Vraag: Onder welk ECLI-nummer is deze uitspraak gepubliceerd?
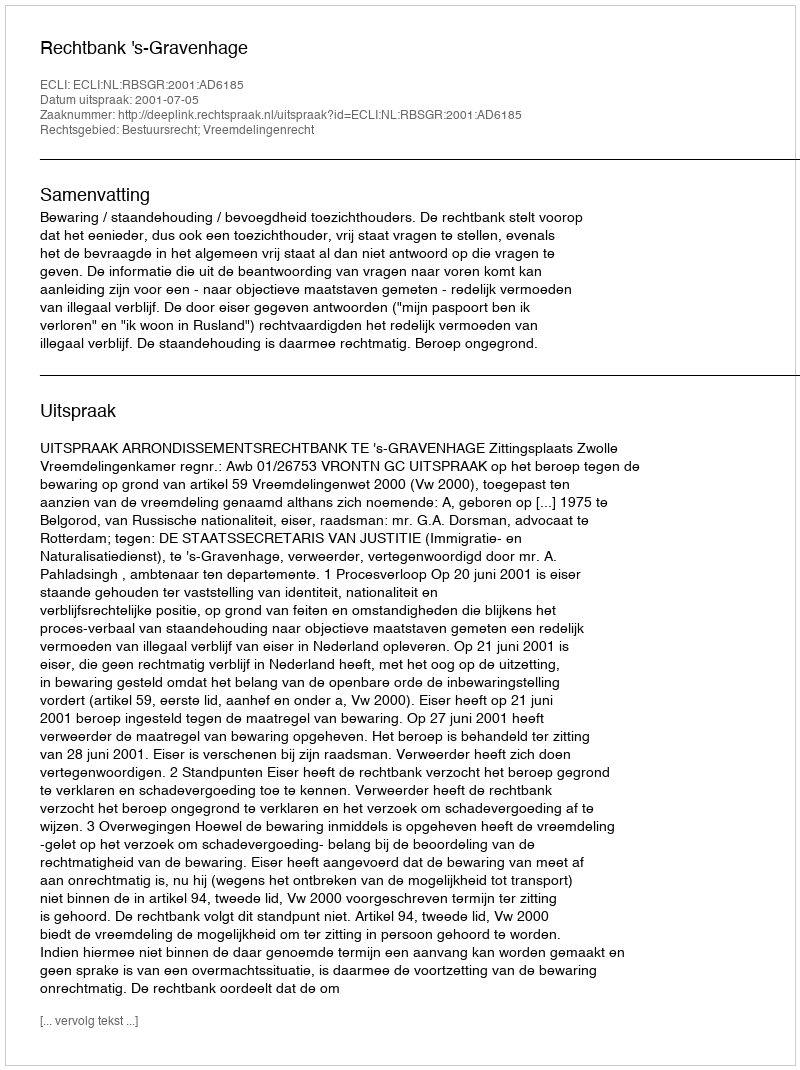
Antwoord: ECLI:NL:RBSGR:2001:AD6185